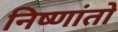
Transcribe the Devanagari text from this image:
निष्णांतो